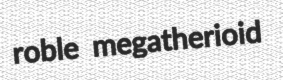
roble megatherioid